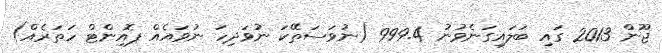
ޖޫން 2013 ގައި ބަލައިގަނެވުނު 999.4 (ނުވަސަތޭކަ ނުވަދިހަ ނުވައެއް ޕޮއިންޓް ހަތަރެއް)